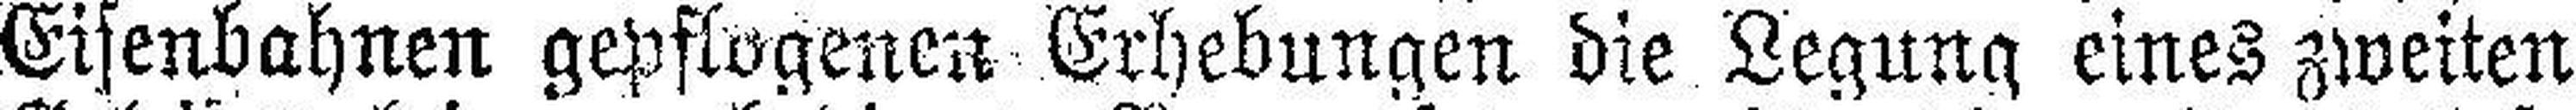
Eisenbahnen gepflogenen Erhebungen die Legung eines zweiten